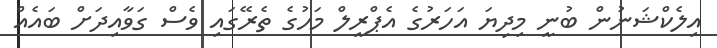
އިލެކްޝަނުން ބުނީ މިދިޔަ އަހަރުގެ އެޕްރީލް މަހުގެ ތެރޭގައި ވެސް ގަވާއިދަށް ބައެއް